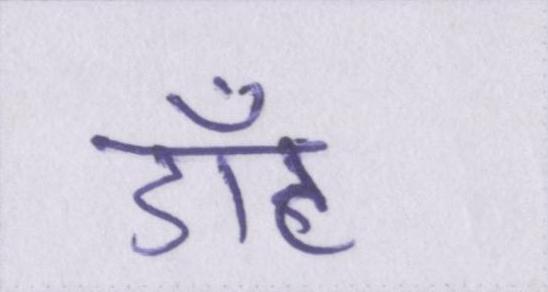
डॉट